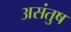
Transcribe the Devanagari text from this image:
असंतुष